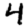
Digit: 4